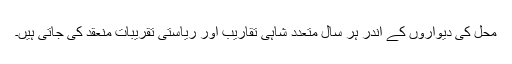
محل کی دیواروں کے اندر ہر سال متعدد شاہی تقاریب اور ریاستی تقریبات منعقد کی جاتی ہیں۔